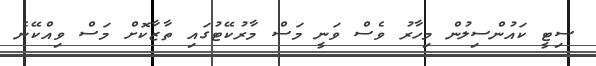
ސިޓީ ކައުންސިލުން މިހާރު ވެސް ވަނީ މަސް މާރުކޭޓުގައި ތާޒާކޮށް މަސް ވިއްކޭނެ